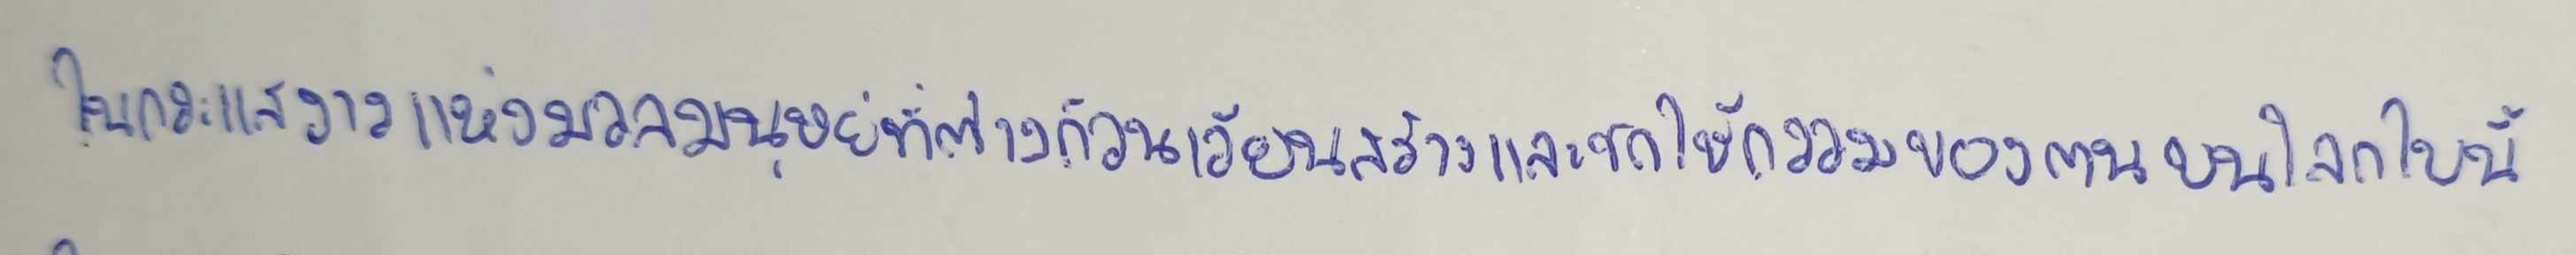
ในกระแสธารแห่งมวลมนุษย์ที่ต่างก็วนเวียนสร้างและชดใช้กรรมของตนบนโลกใบนี้